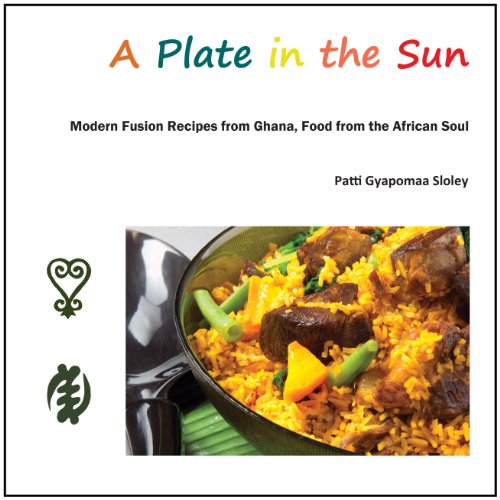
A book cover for A Plate in the Sun: Modern Fusion Recipes from Ghana, Food from the African Soul; Patti Gyapomaa Sloley; Cookbooks, Food & Wine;